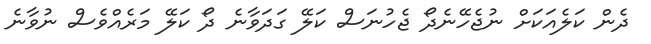
ދެން ކަލެއަކަށް ނުޖެހޭނެދޯ ޖެހުނަސް ކަލޭ ގަދަވާނެ ދޯ ކަލޭ މަރެއްވެސް ނުވާނެ